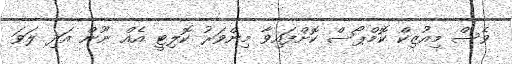
ވެސް މިއުޒިކް ކޮމްޕޯސް ކޮށްފައިވާ މިންވަރު ކޮލިޓީ އެއް ނޫން އަދި ލަވަ